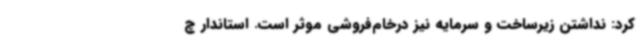
کرد: نداشتن زیرساخت و سرمایه نیز درخام‌فروشی موثر است. استاندار چ